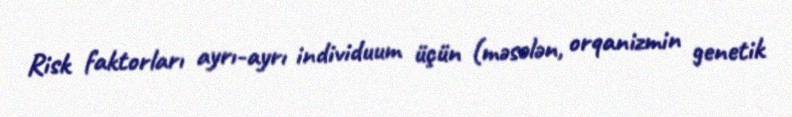
Risk faktorları ayrı-ayrı individuum üçün (məsələn, orqanizmin genetik